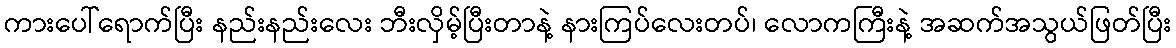
ကားပေါ်ရောက်ပြီး နည်းနည်းလေး ဘီးလှိမ့်ပြီးတာနဲ့ နားကြပ်လေးတပ်၊ လောကကြီးနဲ့ အဆက်အသွယ်ဖြတ်ပြီး